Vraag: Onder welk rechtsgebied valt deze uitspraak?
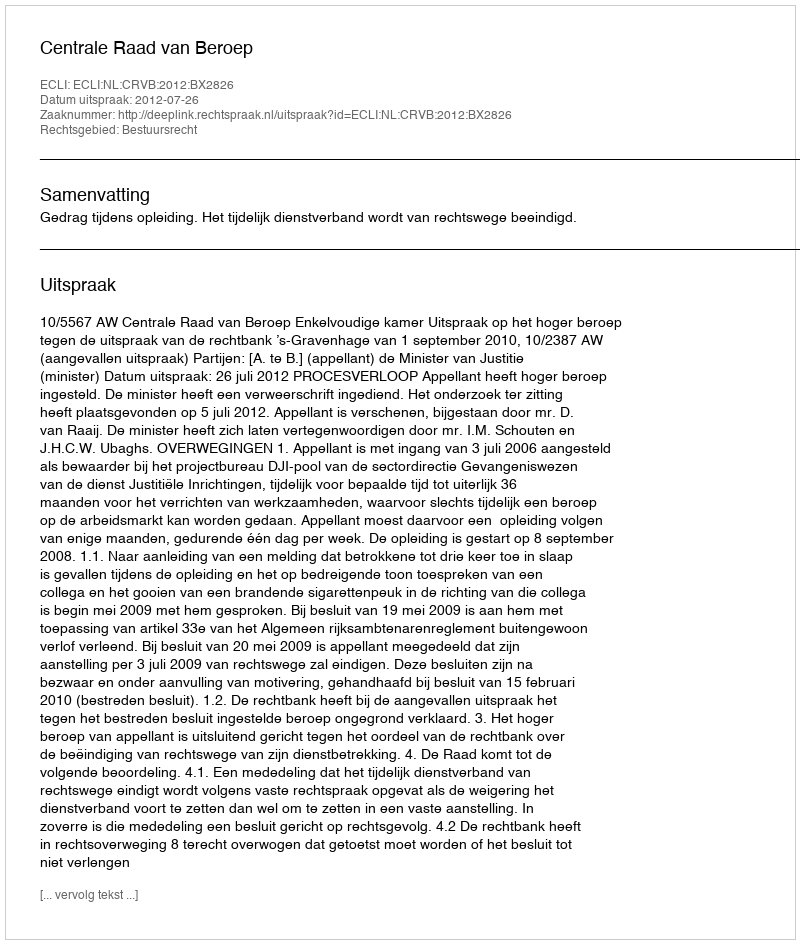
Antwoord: Bestuursrecht